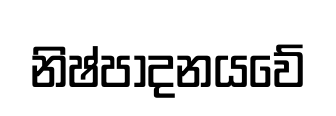
නිෂ්පාදනයවේ